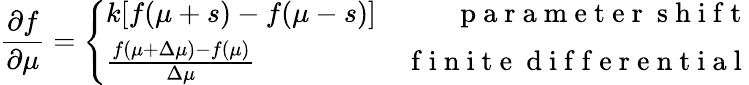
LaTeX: \frac{\partial f}{\partial\mu}=\left\{ \begin{array}{lr}{k[f(\mu+s)-f(\mu-s)]}&{\mathrm{~p~a~r~a~m~e~t~e~r~\ s~h~i~f~t~}}\\ {\frac{f(\mu+\Delta\mu)-f(\mu)}{\Delta\mu}}&{\mathrm{~f~i~n~i~t~e~\ d~i~f~f~e~r~e~n~t~i~a~l~}}\end{array}\right.